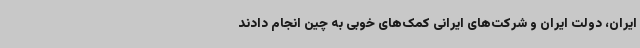
ایران، دولت ایران و شرکت‌های ایرانی کمک‌های خوبی به چین انجام دادند